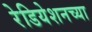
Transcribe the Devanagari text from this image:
रेडियेशनच्या